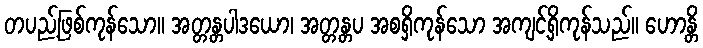
တပည့်ဖြစ်ကုန်သော။ အတ္တန္တပါဒယော၊ အတ္တန္တပ အစရှိကုန်သော အကျင့်ရှိကုန်သည်။ ဟောန္တိ